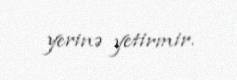
yerinə yetirmir.